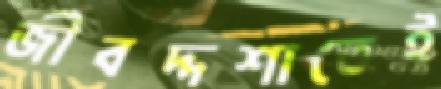
জীবদ্দশাতেই